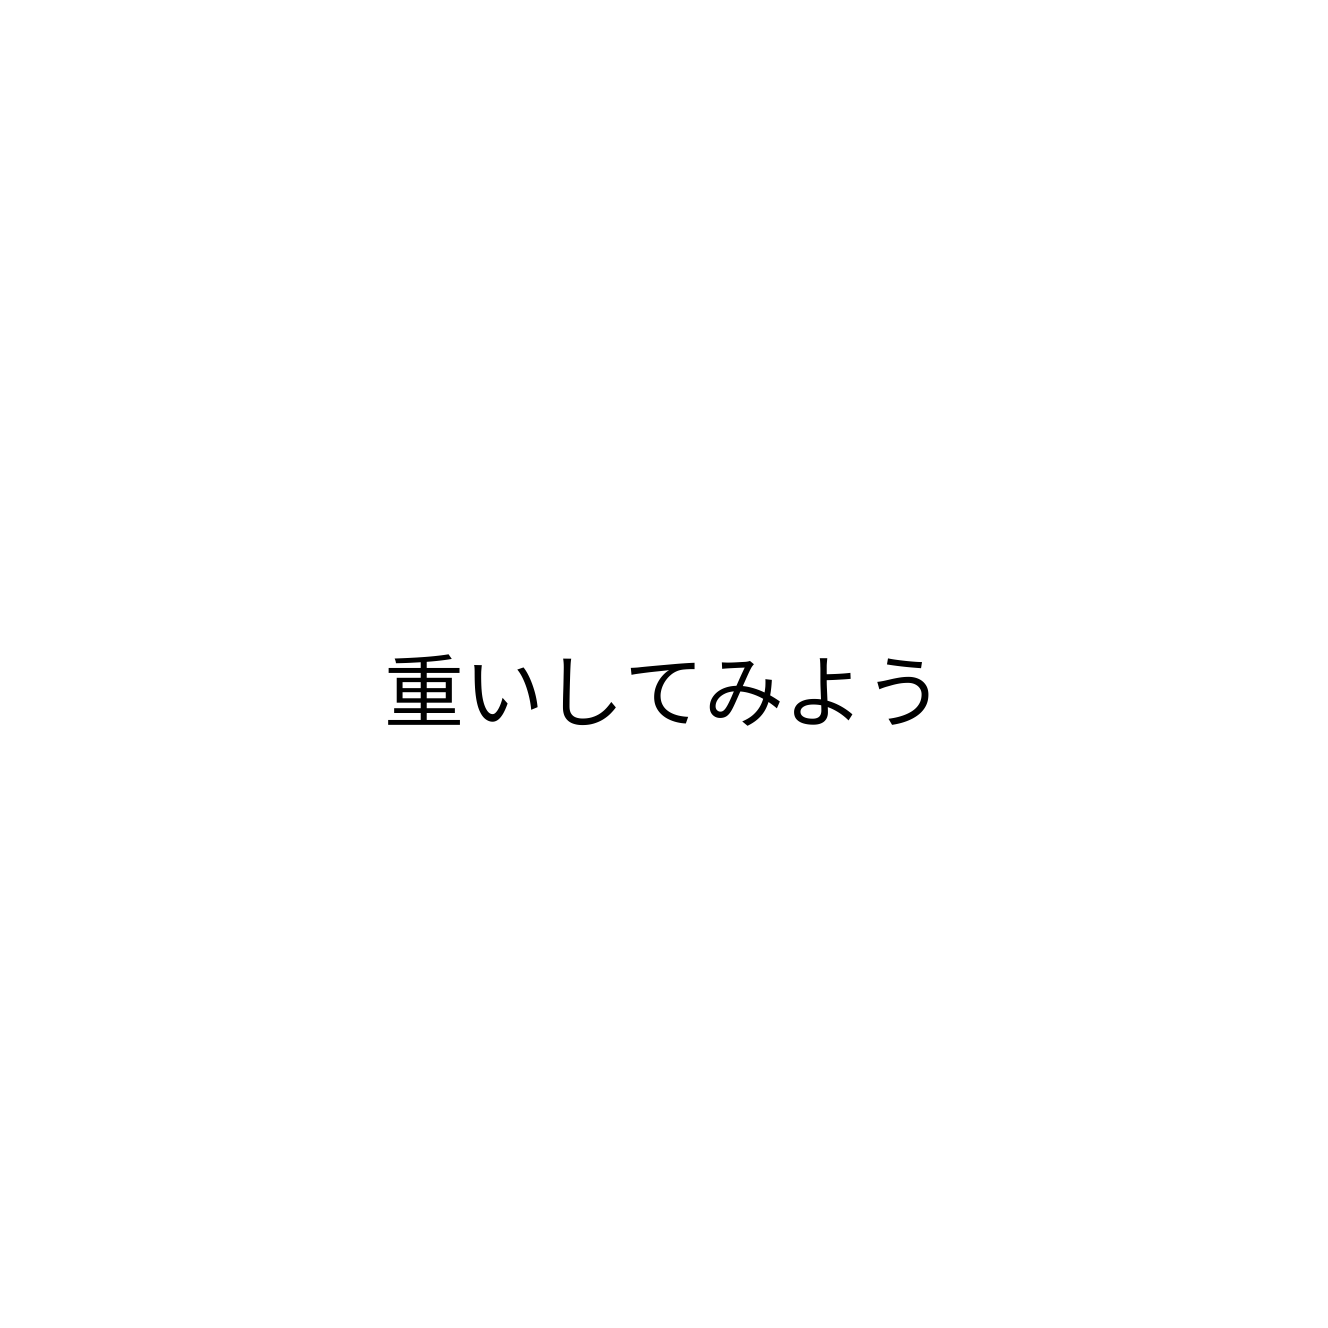
重いしてみよう